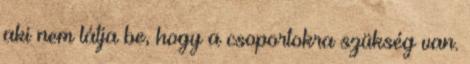
aki nem látja be, hogy a csoportokra szükség van.